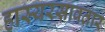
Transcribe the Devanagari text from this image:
हास्यरसावतार